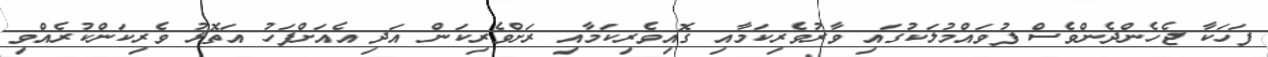
ފަހަކާ ޖެހެންދެންވެސް ފުވައްމުލަކުގައި ވާރުވެރިކަމާއި ގޮއިވެރިކަމާއި ރަށްވެރިކަން އަދި އެއަށްފަހު އަތޮޅު ވެރިކަންކުރެއްވި